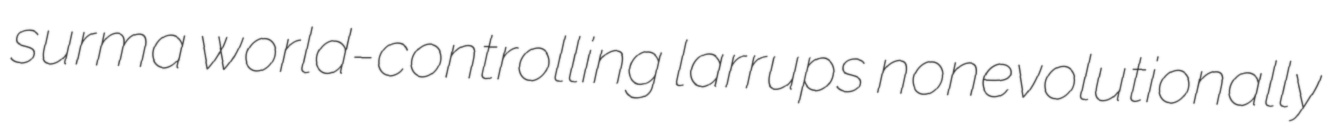
surma world-controlling larrups nonevolutionally